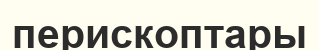
перископтары